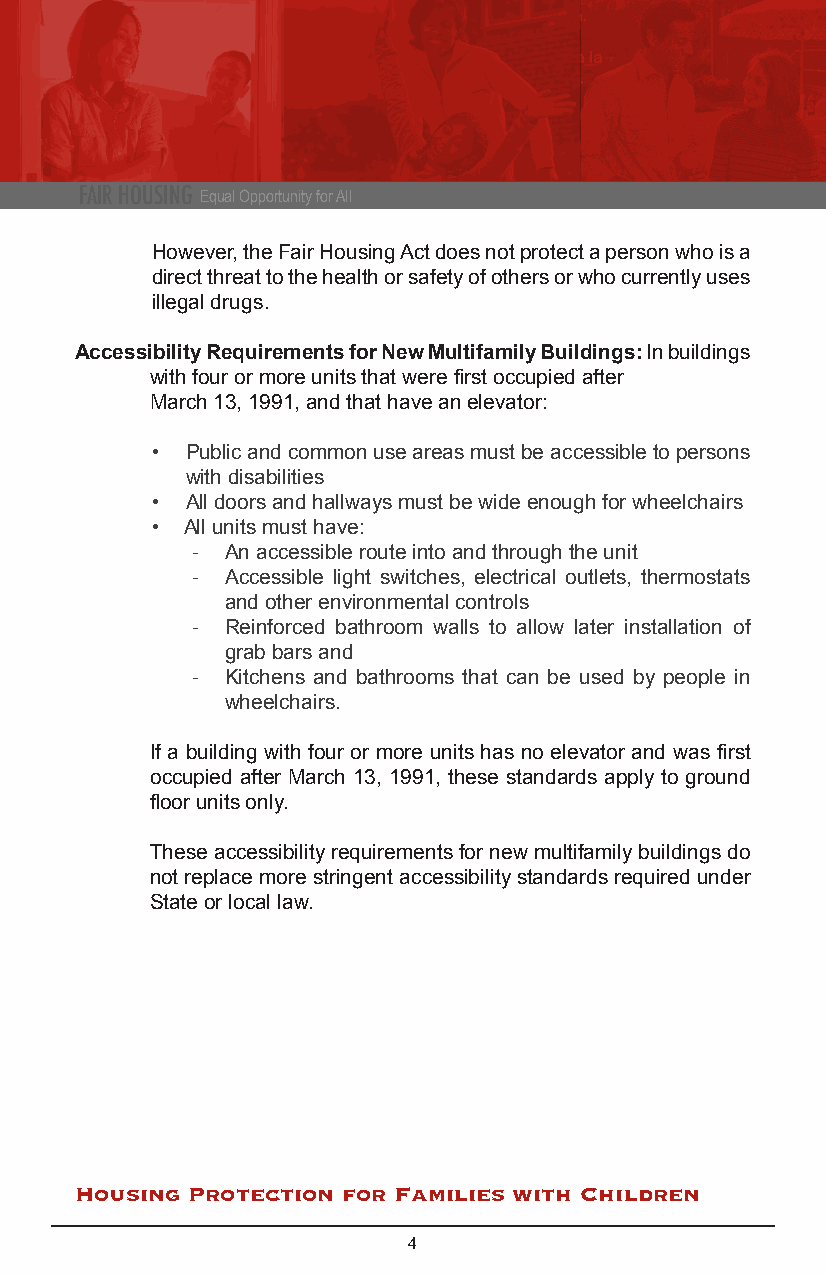
FAIR HOUSING Equal Opportunity for All
 However, the Fair Housing Act does not protect a person who is a
 direct threat to the health or safety of others or who currently uses
 illegal drugs.
 Accessibility Requirements for New Multifamily Buildings: In buildings
 with four or more units that were first occupied after
 March 13, 1991, and that have an elevator:
 • Public and common use areas must be accessible to persons
 with disabilities
 • All doors and hallways must be wide enough for wheelchairs
 • All units must have:
 - An accessible route into and through the unit
 - Accessible light switches, electrical outlets, thermostats
 and other environmental controls
 - Reinforced bathroom walls to allow later installation of
 grab bars and
 - Kitchens and bathrooms that can be used by people in
 wheelchairs.
 If a building with four or more units has no elevator and was first
 occupied after March 13, 1991, these standards apply to ground
 floor units only.
 These accessibility requirements for new multifamily buildings do
 not replace more stringent accessibility standards required under
 State or local law.
 Housing Protection for Families with Children
 4